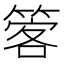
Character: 𥰋